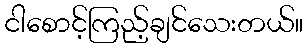
ငါစောင့်ကြည့်ချင်သေးတယ်။